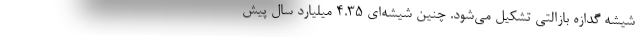
شیشه گدازه بازالتی تشکیل می‌شود. چنین شیشه‌ای ۴.۳۵ میلیارد سال پیش